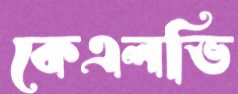
কেএলভি